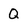
Character: Q